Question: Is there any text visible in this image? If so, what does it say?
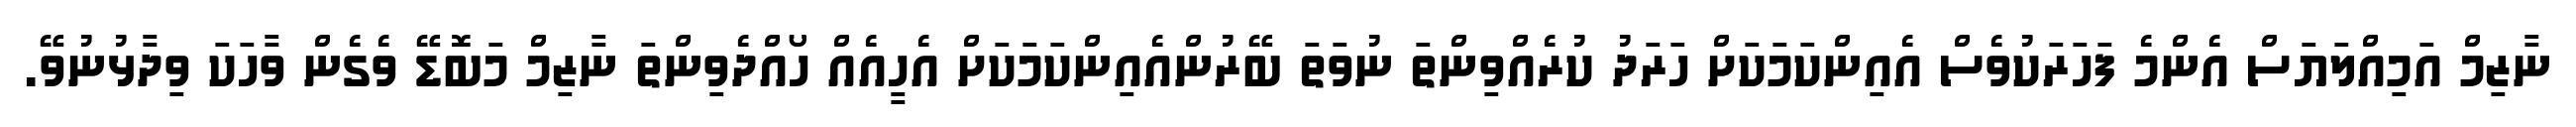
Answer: ނާޒިމް އަމިއްލަޔަސް އެންމެ ފަހަރަކުވެސް އެއިންކަމަކަށް ހަރަދު ކުރެއްވިންތަ ނުވަތަ ބޭރުންއެއިންކަމަކަށް އެހީއެއް ހޯއްދެވިންތަ ނާޒިމް މަބޮޑޭ ވެގެން ވާހަކަ ވިދާޅުނުވޭ.